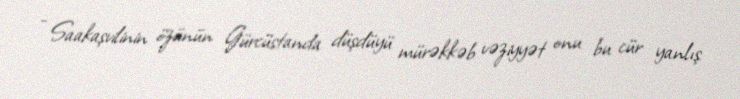
- Saakaşvilinin özünün Gürcüstanda düşdüyü mürəkkəb vəziyyət onu bu cür yanlış